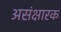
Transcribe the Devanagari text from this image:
असंक्षारक